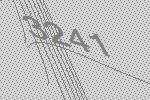
3241